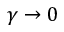
\gamma \to 0